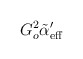
\begin{align*}G_{o}^{2}\tilde{\alpha }^{\prime }_{\rm eff}\end{align*}